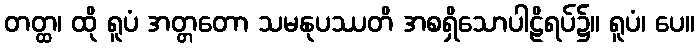
တတ္ထ၊ ထို ရူပံ အတ္တတော သမနုပဿတိ အစရှိသောပါဠိရပ်၌။ ရူပံ၊ ပေ။